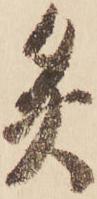
灸